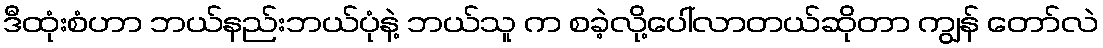
ဒီထုံးစံဟာ ဘယ်နည်းဘယ်ပုံနဲ့ ဘယ်သူ က စခဲ့လို့ပေါ်လာတယ်ဆိုတာ ကျွန် တော်လဲ